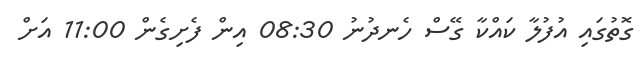
ގޮތުގައި އުފުލާ ކައްކާ ގޭސް ހެނދުނު 08:30 އިން ފެށިގެން 11:00 އަށް